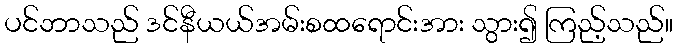
ပင်ဘာသည် ဒင်နီယယ်အမ်းစထရောင်းအား သွား၍ ကြည့်သည်။